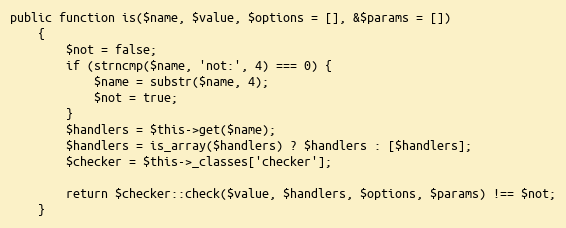
Language: PHP
public function is($name, $value, $options = [], &$params = [])
    {
        $not = false;
        if (strncmp($name, 'not:', 4) === 0) {
            $name = substr($name, 4);
            $not = true;
        }
        $handlers = $this->get($name);
        $handlers = is_array($handlers) ? $handlers : [$handlers];
        $checker = $this->_classes['checker'];

        return $checker::check($value, $handlers, $options, $params) !== $not;
    }